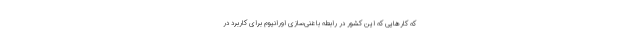
که کارهایی که این کشور در رابطه با غنی‌سازی اورانیوم برای کاربرد در